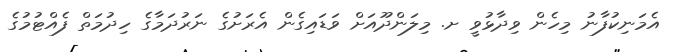
އެމަނިކުފާނު މިހެން ވިދާޅުވީ ށ. މިލަންދޫއަށް ވަޑައިގެން އެރަށުގެ ނަރުދަމާގެ ހިދުމަތް ފެއްޓުމުގެ